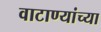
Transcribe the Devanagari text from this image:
वाटाण्यांच्या